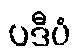
ပဒီပံ